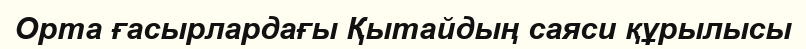
Орта ғасырлардағы Қытайдың саяси құрылысы